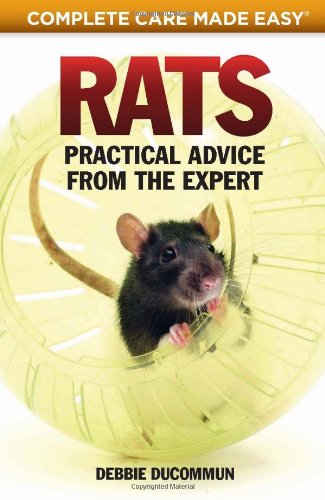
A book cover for Rats: Practical, Accurate Advice from the Expert (Complete Care Made Easy); Debbie Ducommum; Crafts, Hobbies & Home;